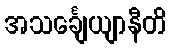
အသင်္ချေယျာနီတိ